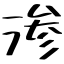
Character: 滲